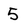
Character: 5